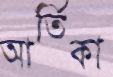
আর্তিকা